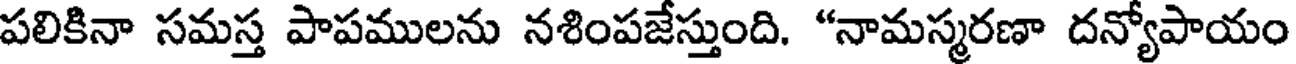
పలికినా సమస్త పాపములను నశింపజేస్తుంది. "నామస్మరణా దన్యోపాయం